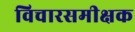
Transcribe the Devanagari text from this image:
विचारसमीक्षक